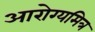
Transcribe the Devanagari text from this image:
आरोग्यमित्र